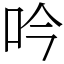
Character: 吟